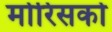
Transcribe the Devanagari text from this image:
मोरिसको